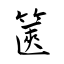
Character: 篋